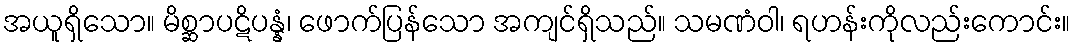
အယူရှိသော။ မိစ္ဆာပဋိပန္နံ၊ ဖောက်ပြန်သော အကျင်ရှိသည်။ သမဏံဝါ၊ ရဟန်းကိုလည်းကောင်း။